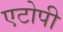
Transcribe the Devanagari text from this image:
एटोपी